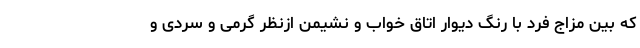
که بین مزاج فرد با رنگ دیوار اتاق خواب و نشیمن ازنظر گرمی و سردی و